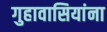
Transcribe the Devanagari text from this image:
गुहावासियांना